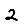
Digit: 2